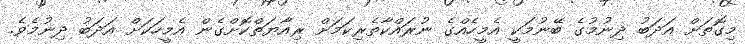
މިގޮތަށް އަދަބު ދިނުމުގެ ބޭނުމަކީ އެމީހެއްގެ ނުރައްކާތެރިކަމަށް ރިއާޔަތްކޮށްގެން އެމީހަކަށް އަދަބު ދިނުމެވެ.